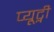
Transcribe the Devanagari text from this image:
प्यूट्नी